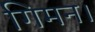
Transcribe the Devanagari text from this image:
गिमन।